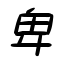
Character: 卑